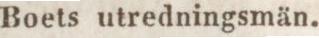
Boets utredningsmän.